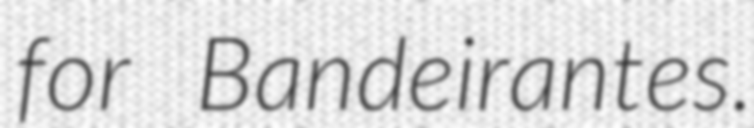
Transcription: for Bandeirantes.